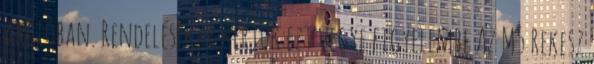
akcióban. Rendelésekor kérjük ezt vegye figyelembe Az M5 Rekesz